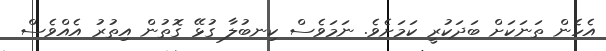
އެހެން ތަނަކަށް ބަދަކުރީ ކަމަށެވެ. ނަމަވެސް ކިނބުލާ ގުޅޭ ގޮތުން އިތުރު އެއްވެސް